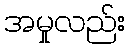
အမှုလည်း